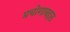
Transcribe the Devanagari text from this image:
प्रयोगाबद्दल